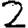
Digit: 2